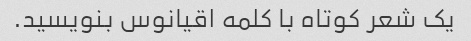
یک شعر کوتاه با کلمه اقیانوس بنویسید.